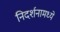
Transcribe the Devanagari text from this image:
निदर्शनामध्ये